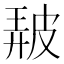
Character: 𤿰